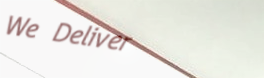
We Deliver